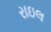
રાઇલ